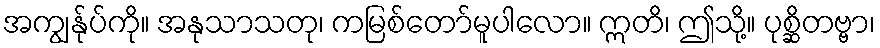
အကျွန်ုပ်ကို။ အနုသာသတု၊ ကမြစ်တော်မူပါလော။ ဣတိ၊ ဤသို့။ ပုစ္ဆိတဗ္ဗာ၊